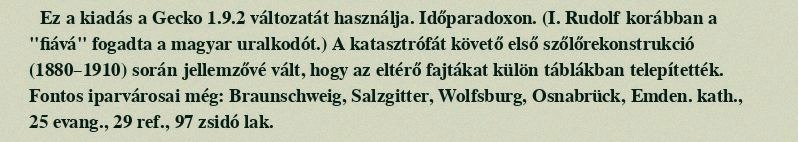
Ez a kiadás a Gecko 1.9.2 változatát használja. Időparadoxon. (I. Rudolf korábban a "fiává" fogadta a magyar uralkodót.) A katasztrófát követő első szőlőrekonstrukció (1880–1910) során jellemzővé vált, hogy az eltérő fajtákat külön táblákban telepítették. Fontos iparvárosai még: Braunschweig, Salzgitter, Wolfsburg, Osnabrück, Emden. kath., 25 evang., 29 ref., 97 zsidó lak.